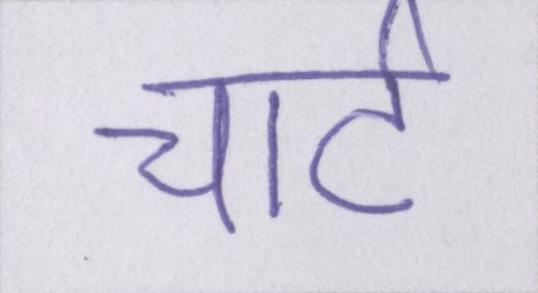
चार्ट